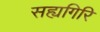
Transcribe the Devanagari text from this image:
सह्यगिरि